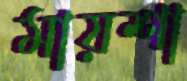
মায়শা